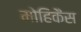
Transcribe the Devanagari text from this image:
मोहिकैंस